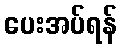
ပေးအပ်ရန်